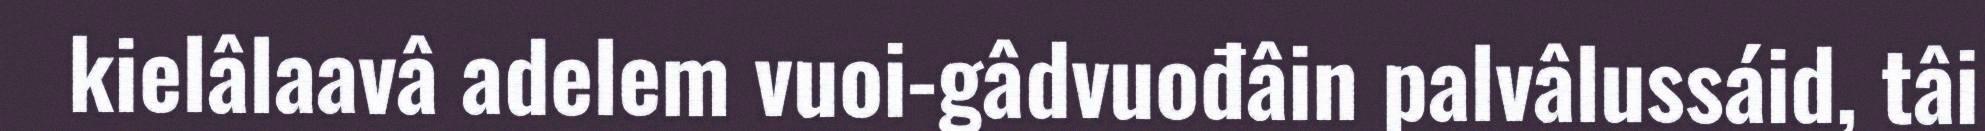
kielâlaavâ adelem vuoi-gâdvuođâin palvâlussáid, tâi